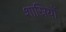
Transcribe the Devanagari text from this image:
शास्रियों